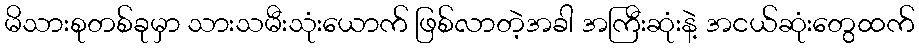
မိသားစုတစ်ခုမှာ သားသမီးသုံးယောက် ဖြစ်လာတဲ့အခါ အကြီးဆုံးနဲ့ အငယ်ဆုံးတွေထက်